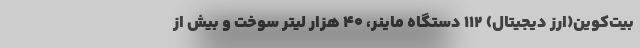
بیت‌کوین(ارز دیجیتال) ۱۱۲ دستگاه ماینر، ۴۰ هزار لیتر سوخت و بیش از